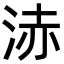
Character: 浾